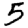
Digit: 5